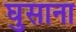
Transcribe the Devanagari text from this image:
घुसाना